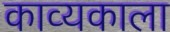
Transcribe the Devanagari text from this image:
काव्यकाला